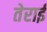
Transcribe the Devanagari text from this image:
तेराई